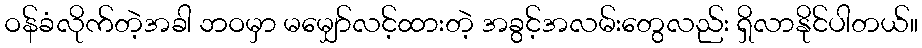
ဝန်ခံလိုက်တဲ့အခါ ဘဝမှာ မမျှော်လင့်ထားတဲ့ အခွင့်အလမ်းတွေလည်း ရှိလာနိုင်ပါတယ်။